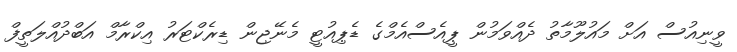
ވީނިއުސް އަށް މައުލޫމާތު ދެއްވަމުން ޕީއެސްއެމްގެ ޑެޕިއުޓީ މެނޭޖިން ޑިރެކްޓަރު އިކްރާމް އަބްދުއްލަތީފް